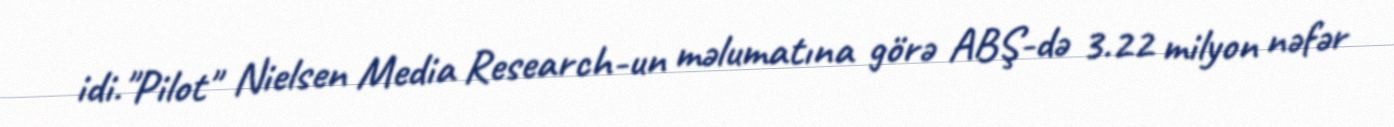
idi."Pilot" Nielsen Media Research-un məlumatına görə ABŞ-də 3.22 milyon nəfər